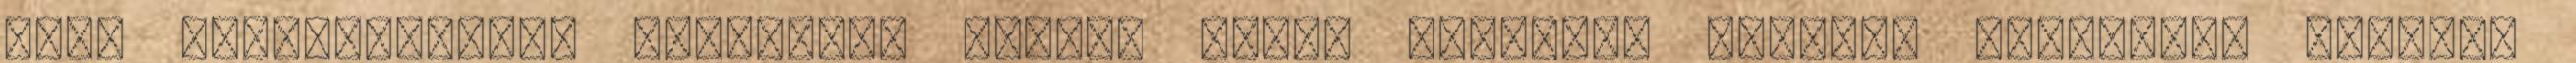
neki zeneleckéket. Nyizsnyay később saját hazafias dalokat szerzett. Bejárta